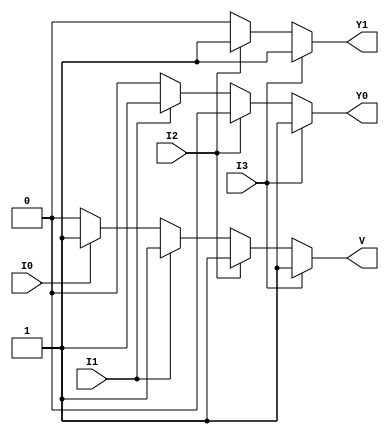
module priority_encoder (
    input wire I3,  // Highest priority input
    input wire I2,  // Second highest priority input
    input wire I1,  // Third highest priority input
    input wire I0,  // Lowest priority input
    output reg Y1,  // Output bit 1
    output reg Y0,  // Output bit 0
    output reg V    // Valid output
);

always @(*) begin
    // Default values
    Y1 = 0;
    Y0 = 0;
    V = 0;

    // Check inputs in order of priority
    if (I3) begin
        Y1 = 1;
        Y0 = 1;
        V = 1;
    end else if (I2) begin
        Y1 = 1;
        Y0 = 0;
        V = 1;
    end else if (I1) begin
        Y1 = 0;
        Y0 = 1;
        V = 1;
    end else if (I0) begin
        Y1 = 0;
        Y0 = 0;
        V = 1;
    end else begin
        // If all inputs are inactive, Y1 and Y0 remain 0 and V is already 0
    end
end

endmodule